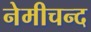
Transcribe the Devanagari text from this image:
नेमीचन्द